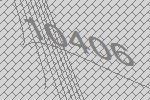
10406